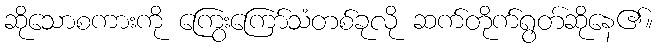
ဆိုသောစကားကို ကြွေးကြော်သံတစ်ခုလို ဆက်တိုက်ရွတ်ဆိုနေ၏။